Proceedings of the meeting of veterinary officers in India
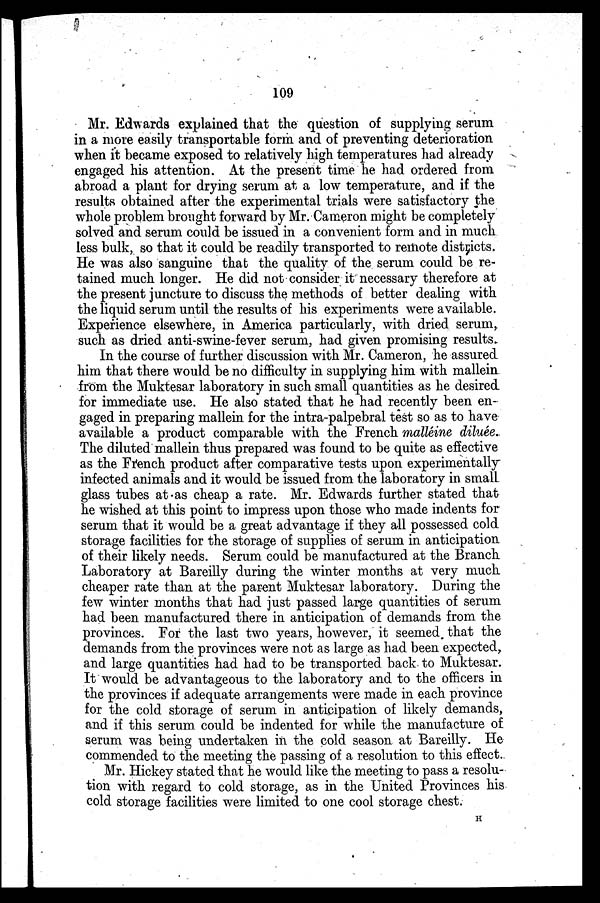
109
Mr. Edwards explained that the question of supplying serum
in a more easily transportable form and of preventing deterioration
when it became exposed to relatively high temperatures had already
engaged his attention. At the present time he had ordered from
abroad a plant for drying serum at a low temperature, and if the
results obtained after the experimental trials were satisfactory the
whole problem brought forward by Mr. Cameron might be completely
solved and serum could be issued in a convenient form and in much
less bulk, so that it could be readily transported to remote districts.
He was also sanguine that the quality of the serum could be re-
tained much longer. He did not consider it necessary therefore at
the present juncture to discuss the methods of better dealing with
the liquid serum until the results of his experiments were available.
Experience elsewhere, in America particularly, with dried serum,
such as dried anti-swine-fever serum, had given promising results
In the course of further discussion with Mr. Cameron, he assured
him that there would be no difficulty in supplying him with mallein.
from the Muktesar laboratory in such small quantities as he desired
for immediate use. He also stated that he had recently been en-
gaged in preparing mallein for the intra-palpebral test so as to have
available a product comparable with the French malléine diluée.
The diluted mallein thus prepared was found to be quite as effective
as the French product after comparative tests upon experimentally
infected animals and it would be issued from the laboratory in small
glass tubes at as cheap a rate. Mr. Edwards further stated that
he wished at this point to impress upon those who made indents for
serum that it would be a great advantage if they all possessed cold
storage facilities for the storage of supplies of serum in anticipation
of their likely needs. Serum could be manufactured at the Branch
Laboratory at Bareilly during the winter months at very much
cheaper rate than at the parent Muktesar laboratory. During the
few winter months that had just passed large quantities of serum
had been manufactured there in anticipation of demands from the
provinces. For the last two years, however, it seemed that the
demands from the provinces were not as large as had been expected,
and large quantities had had to be transported back to Muktesar.
It would be advantageous to the laboratory and to the officers in
the provinces if adequate arrangements were made in each province
for the cold storage of serum in anticipation of likely demands,
and if this serum could be indented for while the manufacture of
serum was being undertaken in the cold season at Bareilly. He
commended to the meeting the passing of a resolution to this effect.
Mr. Hickey stated that he would like the meeting to pass a resolu-
tion with regard to cold storage, as in the United Provinces his
cold storage facilities were limited to one cool storage chest.
H